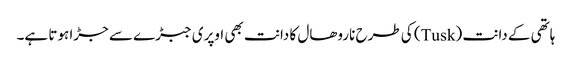
ہاتھی کے دانت (Tusk) کی طرح ناروھال کا دانت بھی اوپری جبڑے سے جڑا ہوتا ہے۔